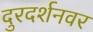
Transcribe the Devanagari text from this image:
दुरदर्शनवर